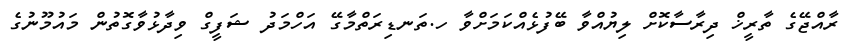
ރާއްޖޭގެ ތާރީޚް ދިރާސާކޮށް ލިޔުއްވާ ބޭފުޅެއްކަމަށްވާ ހ.ތަނޑިރަތްމާގޭ އަހްމަދު ޝަފީގް ވިދާޅުވާގޮތުން މައުމޫނުގެ